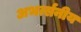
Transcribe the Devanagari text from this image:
अभर्त्सनीय